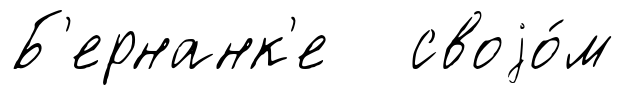
Б'ернанк'е своjо́м